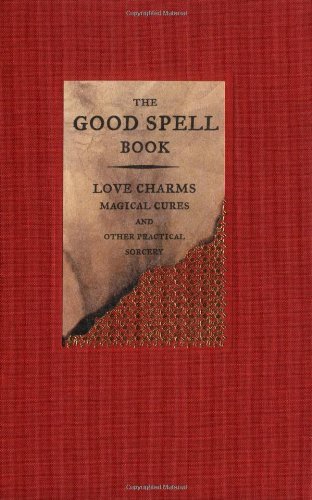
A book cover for The Good Spell Book: Love Charms, Magical Cures, and Other Practical Sorcery; Gillian Kemp; Religion & Spirituality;